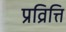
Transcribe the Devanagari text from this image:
प्रव्रित्ति